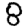
Digit: 8